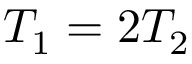
T _ { 1 } = 2 T _ { 2 }